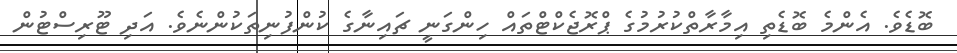
ބޮޑެވެ. އެންމެ ބޮޑެތި އިމާރާތްކުރުމުގެ ޕްރޮޖެކްޓްތައް ހިންގަނީ ޗައިނާގެ ކުންފުނިތަކުންނެވެ. އަދި ޓޫރިސްޓުން